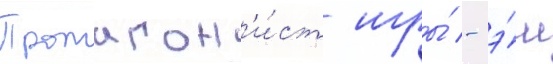
Протагон'и́ст игры́ - э́ш